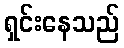
ရှင်းနေသည်